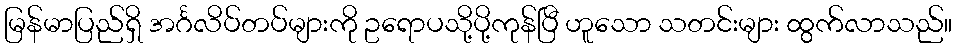
မြန်မာပြည်ရှိ အင်္ဂလိပ်တပ်များကို ဥရောပသို့ပို့ကုန်ပြီ ဟူသော သတင်းများ ထွက်လာသည်။